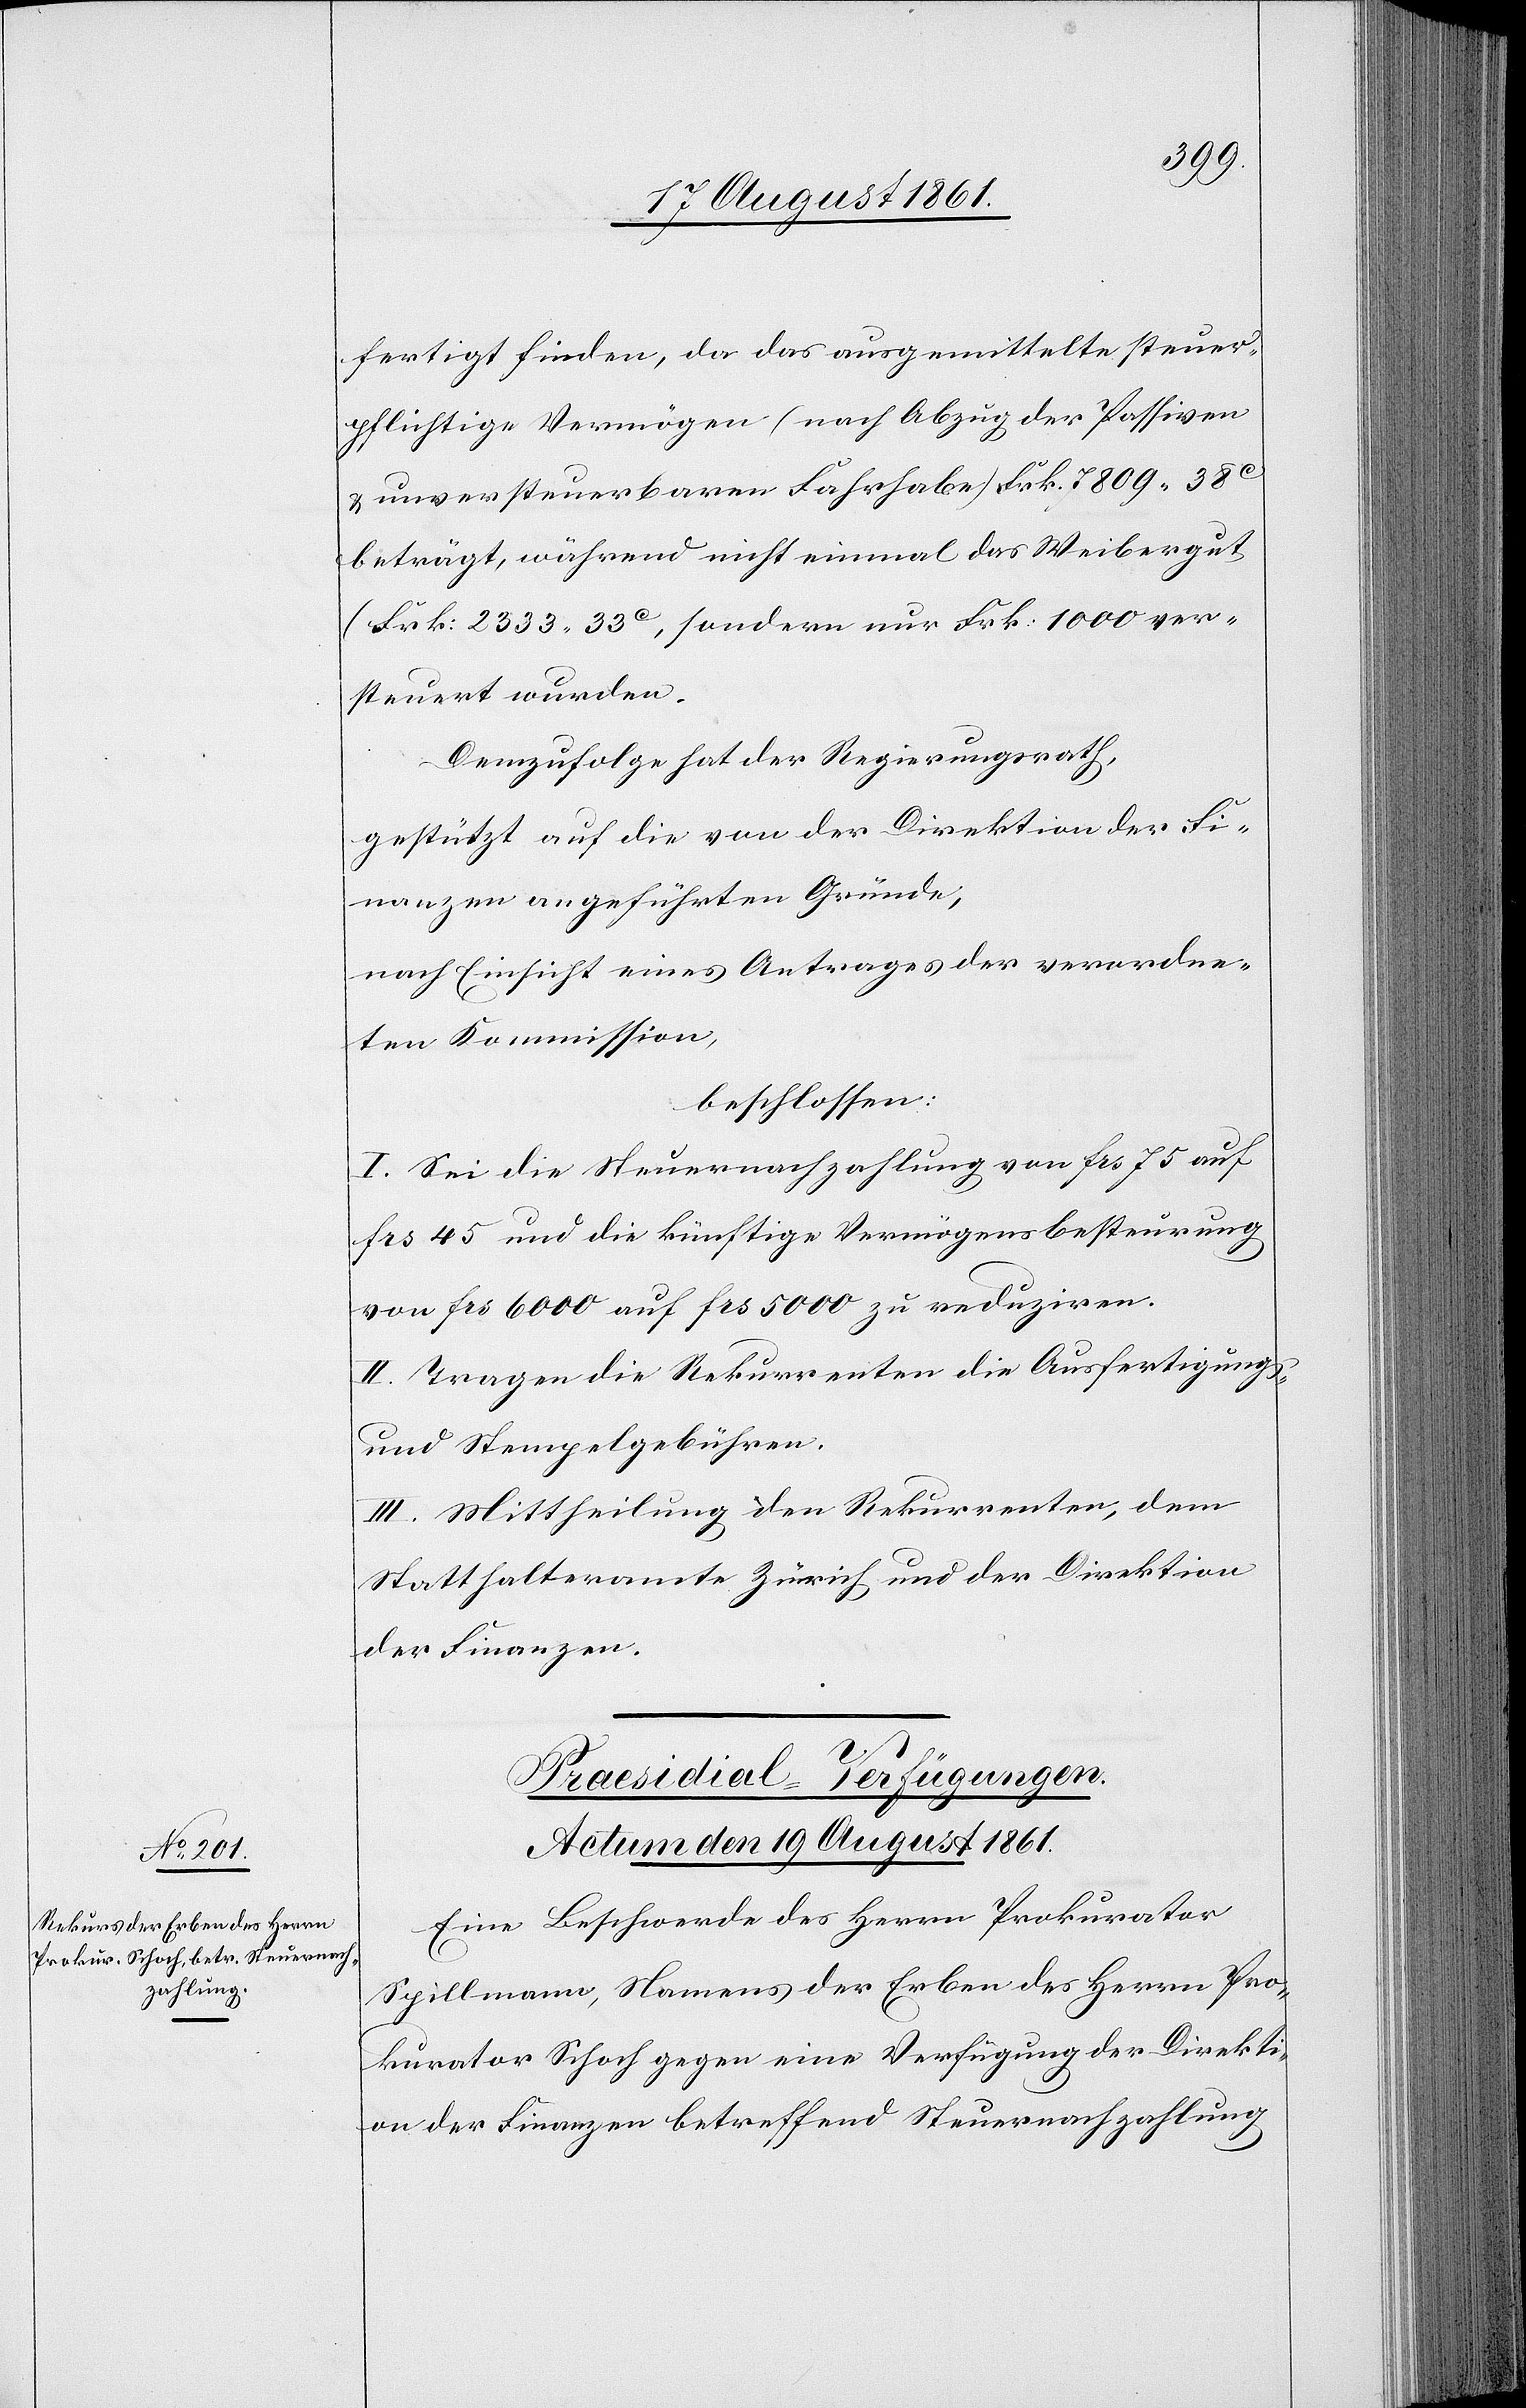
fertigt finden, da das ausgemittelte steuer¬
pflichtige Vermögen (nach Abzug der Passiven
u. unversteuerbaren Fahrhabe) Frk. 7809.38c
beträgt, während nicht einmal das Weibergut
(Frk. 2333.33c[)], sondern nur Frk. 1000 ver¬
steuert wurden.
Demzufolge hat der Regierungsrath,
gestützt auf die von der Direktion der Fi¬
nanzen angeführten Gründe,
nach Einsicht eines Antrages der verordne¬
ten Kommission,
beschlossen:
I. Sei die Steuernachzahlung von frs 75 auf
frs 45 und die künftige Vermögensbesteurung
von frs 6000 auf frs 5000 zu reduziren.
II. Tragen die Rekurrenten die Ausfertigungs-
u. Stempelgebühren.
III. Mittheilung den Rekurrenten, dem
Statthalteramte Zürich und der Direktion
der Finanzen.
Präsidial-Verfügungen.
Actum den 19 August 1861.
Eine Beschwerde des Herrn Prokurator
Spillmann, Namens der Erben des Herrn Pro¬
kurator Schoch gegen eine Verfügung der Direkti¬
on der Finanzen betreffend Steuernachzahlung